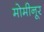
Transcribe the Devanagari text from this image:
मोमीनूर